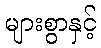
များစွာနှင့်